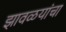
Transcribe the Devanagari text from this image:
झावळयांचा